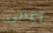
أغاني